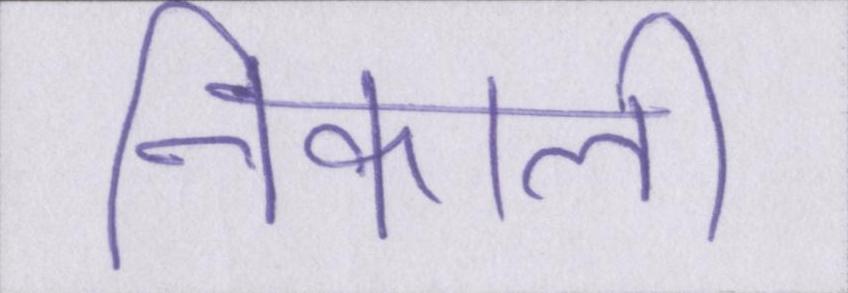
निकाली